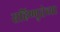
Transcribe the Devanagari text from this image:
सहिष्णुतेच्या